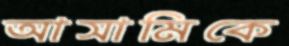
আসামিকে